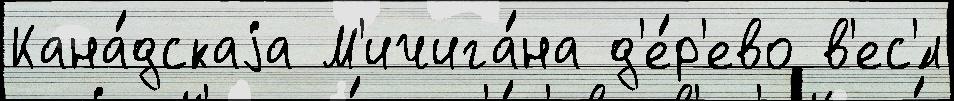
Кана́дскаjа М'ичига́на д'е́р'ево в'ес'́л